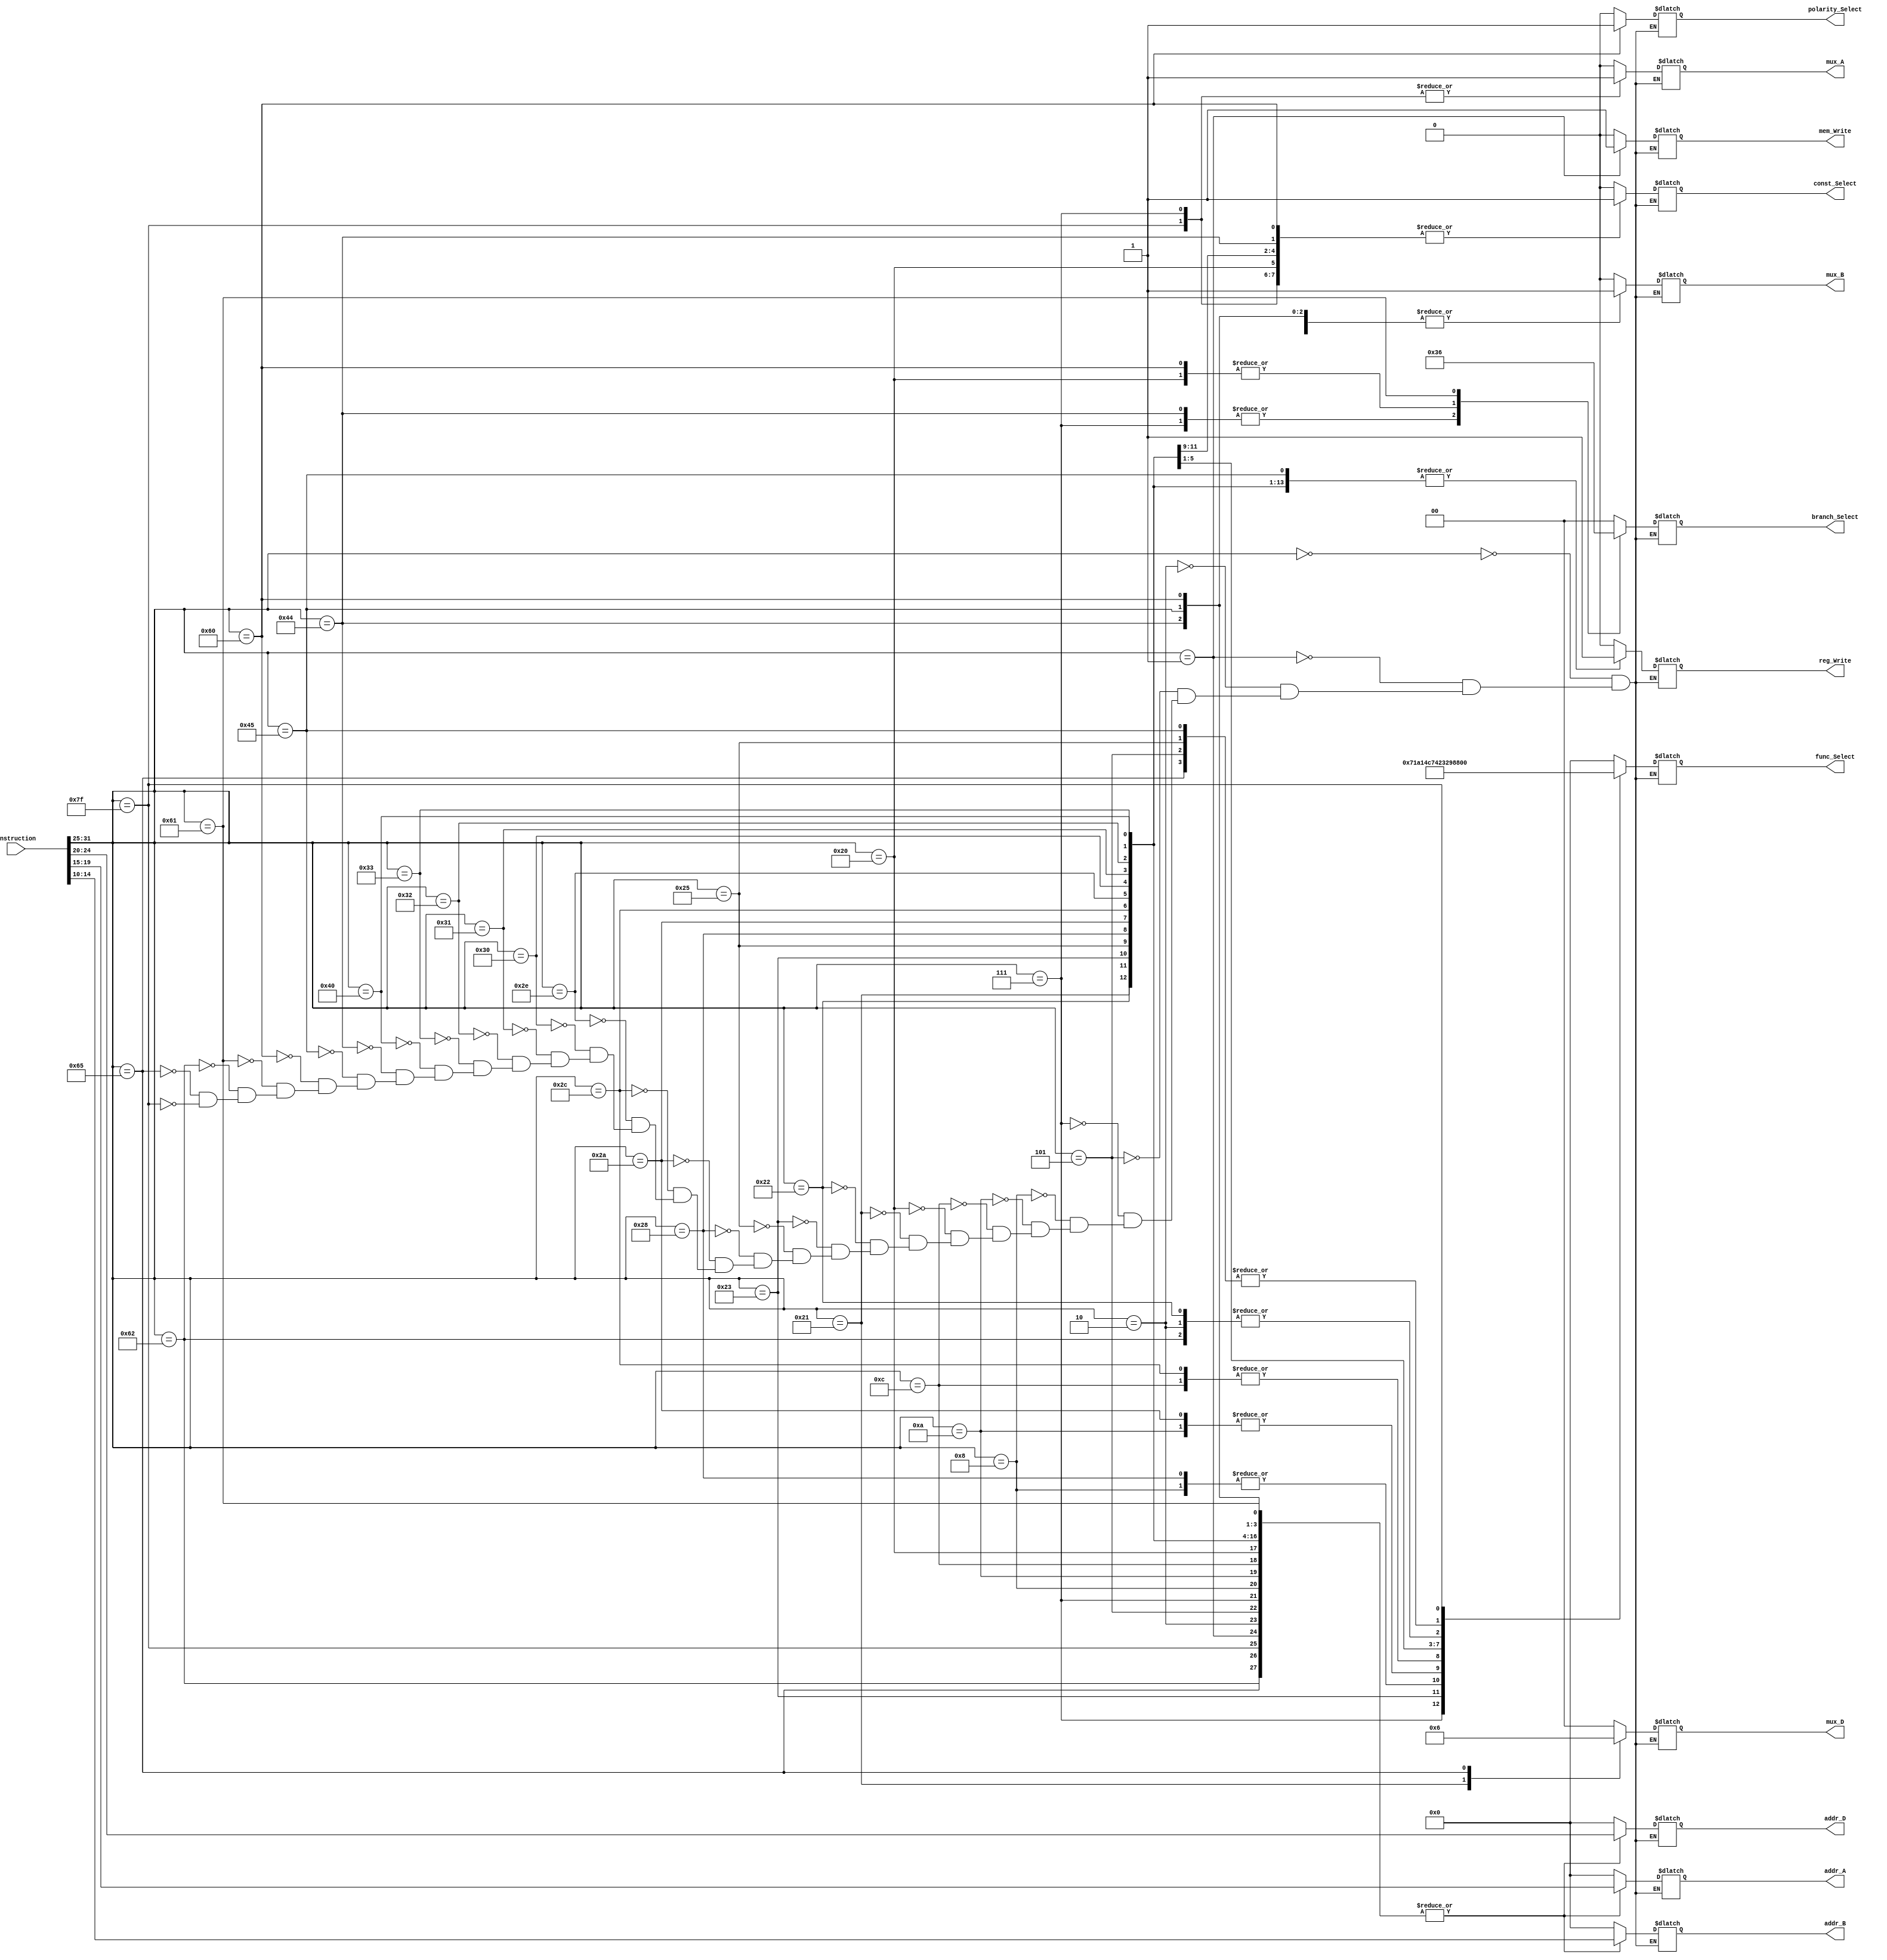
`timescale 1ns / 1ps
//////////////////////////////////////////////////////////////////////////////////
// Company: 
// Engineer: 
// 
// Design Name: 
// Module Name: MIPS_Instr_Decode
// Project Name: 
// Target Devices: 
// Tool Versions: 
// Description: 
// 
// Dependencies: 
// 
// Revision:
// Revision 0.01 - File Created
// Additional Comments:
// 
//////////////////////////////////////////////////////////////////////////////////


module MIPS_Instr_Decode(
    input [31:0] instruction,
    output reg mux_A,
    output reg mux_B,
    output reg [4:0] addr_A,
    output reg [4:0] addr_B,
    output reg const_Select,
    output reg reg_Write,
    output reg [4:0] addr_D,
    output reg [1:0] mux_D,
    output reg [1:0] branch_Select,
    output reg polarity_Select,
    output reg mem_Write,
    output reg [4:0] func_Select
    );
    
    always @ (*) begin
        case(instruction[31:25])
            0:  begin
                    {reg_Write, mux_D, branch_Select, polarity_Select, mem_Write, func_Select, mux_B, mux_A, const_Select, addr_A, addr_B, addr_D} = 0;
                end
            1:  begin
                    addr_A = instruction[19:15];
                    addr_B = instruction[14:10];
                    addr_D = instruction[24:20];
                    mem_Write = 1;
                    {func_Select, reg_Write, mux_D, branch_Select, polarity_Select, mux_B, mux_A, const_Select} = 0; 
                end
            2:  begin
                    reg_Write = 1;
                    func_Select = 2;
                    addr_A = instruction[19:15];
                    addr_B = instruction[14:10];
                    addr_D = instruction[24:20];
                    {mux_D, branch_Select, polarity_Select, mem_Write, mux_B, mux_A, const_Select} = 0;
                end
            5:  begin
                    reg_Write = 1;
                    func_Select = 5;
                    addr_A = instruction[19:15];
                    addr_B = instruction[14:10];
                    addr_D = instruction[24:20];
                    {mux_D, branch_Select, polarity_Select, mem_Write, mux_B, mux_A, const_Select} = 0; 
                end
            7:  begin
                    addr_A = instruction[19:15];
                    addr_B = instruction[14:10];
                    addr_D = instruction[24:20];
                    branch_Select = 3;
                    mux_B = 1;
                    mux_A = 1;
                    const_Select = 1;
                    func_Select = 7;
                    reg_Write = 1;
                    {mem_Write, mux_D, polarity_Select} = 0;
                end
            8:  begin
                    reg_Write = 1;
                    func_Select = 8;
                    addr_A = instruction[19:15];
                    addr_B = instruction[14:10];
                    addr_D = instruction[24:20];
                    {mux_D, branch_Select, polarity_Select, mem_Write, mux_B, mux_A, const_Select} = 0;
                end
            10: begin
                    reg_Write = 1;
                    func_Select = 10;
                    addr_A = instruction[19:15];
                    addr_B = instruction[14:10];
                    addr_D = instruction[24:20];
                    {mux_D, branch_Select, polarity_Select, mem_Write, mux_B, mux_A, const_Select} = 0;
                end
            12: begin
                    reg_Write = 1;
                    func_Select = 12;
                    addr_A = instruction[19:15];
                    addr_B = instruction[14:10];
                    addr_D = instruction[24:20];
                    {mux_D, branch_Select, polarity_Select, mem_Write, mux_B, mux_A, const_Select} = 0;
                end
            32: begin
                    addr_A = instruction[19:15];
                    addr_B = instruction[14:10];
                    addr_D = instruction[24:20];
                    branch_Select = 1;
                    mux_B = 1;
                    const_Select = 1;
                    {mem_Write, mux_D, polarity_Select, mux_A, reg_Write, func_Select} = 0;
                end    
            33: begin
                    reg_Write = 1;
                    mux_D = 1;
                    addr_A = instruction[19:15];
                    addr_B = instruction[14:10];
                    addr_D = instruction[24:20];
                    {func_Select, branch_Select, polarity_Select, mem_Write, mux_B, mux_A, const_Select} = 0; 
                end
            34: begin
                    reg_Write = 1;
                    func_Select = 2;
                    mux_B = 1;
                    const_Select = 1;
                    addr_A = instruction[19:15];
                    addr_B = instruction[14:10];
                    addr_D = instruction[24:20];
                    {mux_D, branch_Select, polarity_Select, mem_Write, mux_A} = 0; 
                end
            35: begin
                    reg_Write = 1;
                    func_Select = 3;
                    mux_B = 1;
                    const_Select = 1;
                    addr_A = instruction[19:15];
                    addr_B = instruction[14:10];
                    addr_D = instruction[24:20];
                    {mux_D, branch_Select, polarity_Select, mem_Write, mux_A} = 0;
                end
            37: begin
                    reg_Write = 1;
                    func_Select = 5;
                    mux_B = 1;
                    const_Select = 1;
                    addr_A = instruction[19:15];
                    addr_B = instruction[14:10];
                    addr_D = instruction[24:20];
                    {mux_D, branch_Select, polarity_Select, mem_Write, mux_A} = 0; 
                end
            40: begin
                    reg_Write = 1;
                    func_Select = 8;
                    mux_B = 1;
                    addr_A = instruction[19:15];
                    addr_B = instruction[14:10];
                    addr_D = instruction[24:20];
                    {mux_D, branch_Select, polarity_Select, mem_Write, mux_A, const_Select} = 0;
                end
            42: begin
                    reg_Write = 1;
                    func_Select = 10;
                    mux_B = 1;
                    addr_A = instruction[19:15];
                    addr_B = instruction[14:10];
                    addr_D = instruction[24:20];
                    {mux_D, branch_Select, polarity_Select, mem_Write, mux_A, const_Select} = 0;
                end
            44: begin
                    reg_Write = 1;
                    func_Select = 12;
                    mux_B = 1;
                    addr_A = instruction[19:15];
                    addr_B = instruction[14:10];
                    addr_D = instruction[24:20];
                    {mux_D, branch_Select, polarity_Select, mem_Write, mux_A, const_Select} = 0;
                end  
            46: begin
                    reg_Write = 1;
                    func_Select = 14;
                    addr_A = instruction[19:15];
                    addr_B = instruction[14:10];
                    addr_D = instruction[24:20];
                    {mux_D, branch_Select, polarity_Select, mem_Write, mux_B, mux_A, const_Select} = 0;
                end
            48: begin
                    addr_A = instruction[19:15];
                    addr_B = instruction[14:10];
                    addr_D = instruction[24:20];
                    reg_Write = 1;
                    func_Select = 16;
                    {mem_Write, mux_D, branch_Select, polarity_Select, mux_B, mux_A, const_Select} = 0;
                end
            49: begin
                    addr_A = instruction[19:15];
                    addr_B = instruction[14:10];
                    addr_D = instruction[24:20];
                    reg_Write = 1;
                    func_Select = 17;
                    {mem_Write, mux_D, branch_Select, polarity_Select, mux_B, mux_A, const_Select} = 0;
                end
            50: begin
                    addr_A = instruction[19:15];
                    addr_B = instruction[14:10];
                    addr_D = instruction[24:20];
                    reg_Write = 1;
                    func_Select = 18;
                    {mem_Write, mux_D, branch_Select, polarity_Select, mux_B, mux_A, const_Select} = 0;
                end
            51: begin
                    addr_A = instruction[19:15];
                    addr_B = instruction[14:10];
                    addr_D = instruction[24:20];
                    reg_Write = 1;
                    func_Select = 19;
                    {mem_Write, mux_D, branch_Select, polarity_Select, mux_B, mux_A, const_Select} = 0;
                end   
            64: begin
                    addr_A = instruction[19:15];
                    addr_B = instruction[14:10];
                    addr_D = instruction[24:20];
                    reg_Write = 1;
                    {func_Select, mem_Write, mux_D, branch_Select, polarity_Select, mux_B, mux_A, const_Select} = 0; 
                end
            68: begin
                    addr_A = instruction[19:15];
                    addr_B = instruction[14:10];
                    addr_D = instruction[24:20];
                    branch_Select = 3;
                    mux_B = 1;
                    const_Select = 1;
                    {polarity_Select, reg_Write, func_Select, mem_Write, mux_D, mux_A} = 0;
                end     
            69: begin
                    reg_Write = 1;
                    func_Select = 5;
                    mux_B = 1;
                    addr_A = instruction[19:15];
                    addr_B = instruction[14:10];
                    addr_D = instruction[24:20];
                    {mux_D, branch_Select, polarity_Select, mem_Write, mux_A, const_Select} = 0;
                end
            96: begin
                    addr_A = instruction[19:15];
                    addr_B = instruction[14:10];
                    addr_D = instruction[24:20];
                    polarity_Select = 1;
                    branch_Select = 1;
                    mux_B = 1;
                    const_Select = 1;
                    {reg_Write, func_Select, mem_Write, mux_D, mux_A} = 0;
                end
            97: begin
                    addr_A = instruction[19:15];
                    addr_B = instruction[14:10];
                    addr_D = instruction[24:20];
                    branch_Select = 2;
                    {mem_Write, mux_D, func_Select, reg_Write, polarity_Select, mux_B, mux_A, const_Select} = 0;
                end     
            98: begin
                    reg_Write = 1;
                    func_Select = 2;
                    mux_B = 1;
                    addr_A = instruction[19:15];
                    addr_B = instruction[14:10];
                    addr_D = instruction[24:20];
                    {mux_D, branch_Select, polarity_Select, mem_Write, mux_A, const_Select} = 0;
                end   
            101:
                begin
                    reg_Write = 1;
                    func_Select = 5;
                    addr_A = instruction[19:15];
                    addr_B = instruction[14:10];
                    addr_D = instruction[24:20];
                    mux_D = 2;
                    {branch_Select, polarity_Select, mem_Write, mux_B, mux_A, const_Select} = 0;
                end
            127:
                begin
                    reg_Write = 1;
                    func_Select = 31;
                    addr_A = instruction[19:15];
                    addr_B = instruction[14:10];
                    addr_D = instruction[24:20];
                    mux_A = 1;
                    mux_B = 1;
                    const_Select = 1;
                    {mux_D, branch_Select, polarity_Select, mem_Write} = 0;
                end
        endcase
    end
    
endmodule